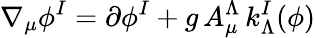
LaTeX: \nabla_{\mu}\phi^{I}=\partial\phi^{I}+g\, A_{\mu}^{\Lambda}\, k_{\Lambda}^{I}(\phi)